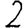
Digit: 2